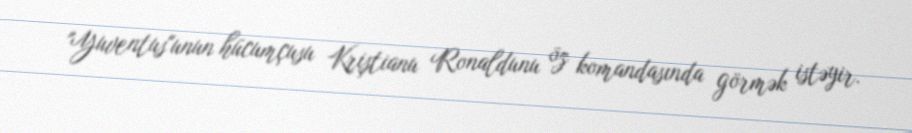
"Yuventus"unun hücumçusu Kriştianu Ronaldunu öz komandasında görmək istəyir.